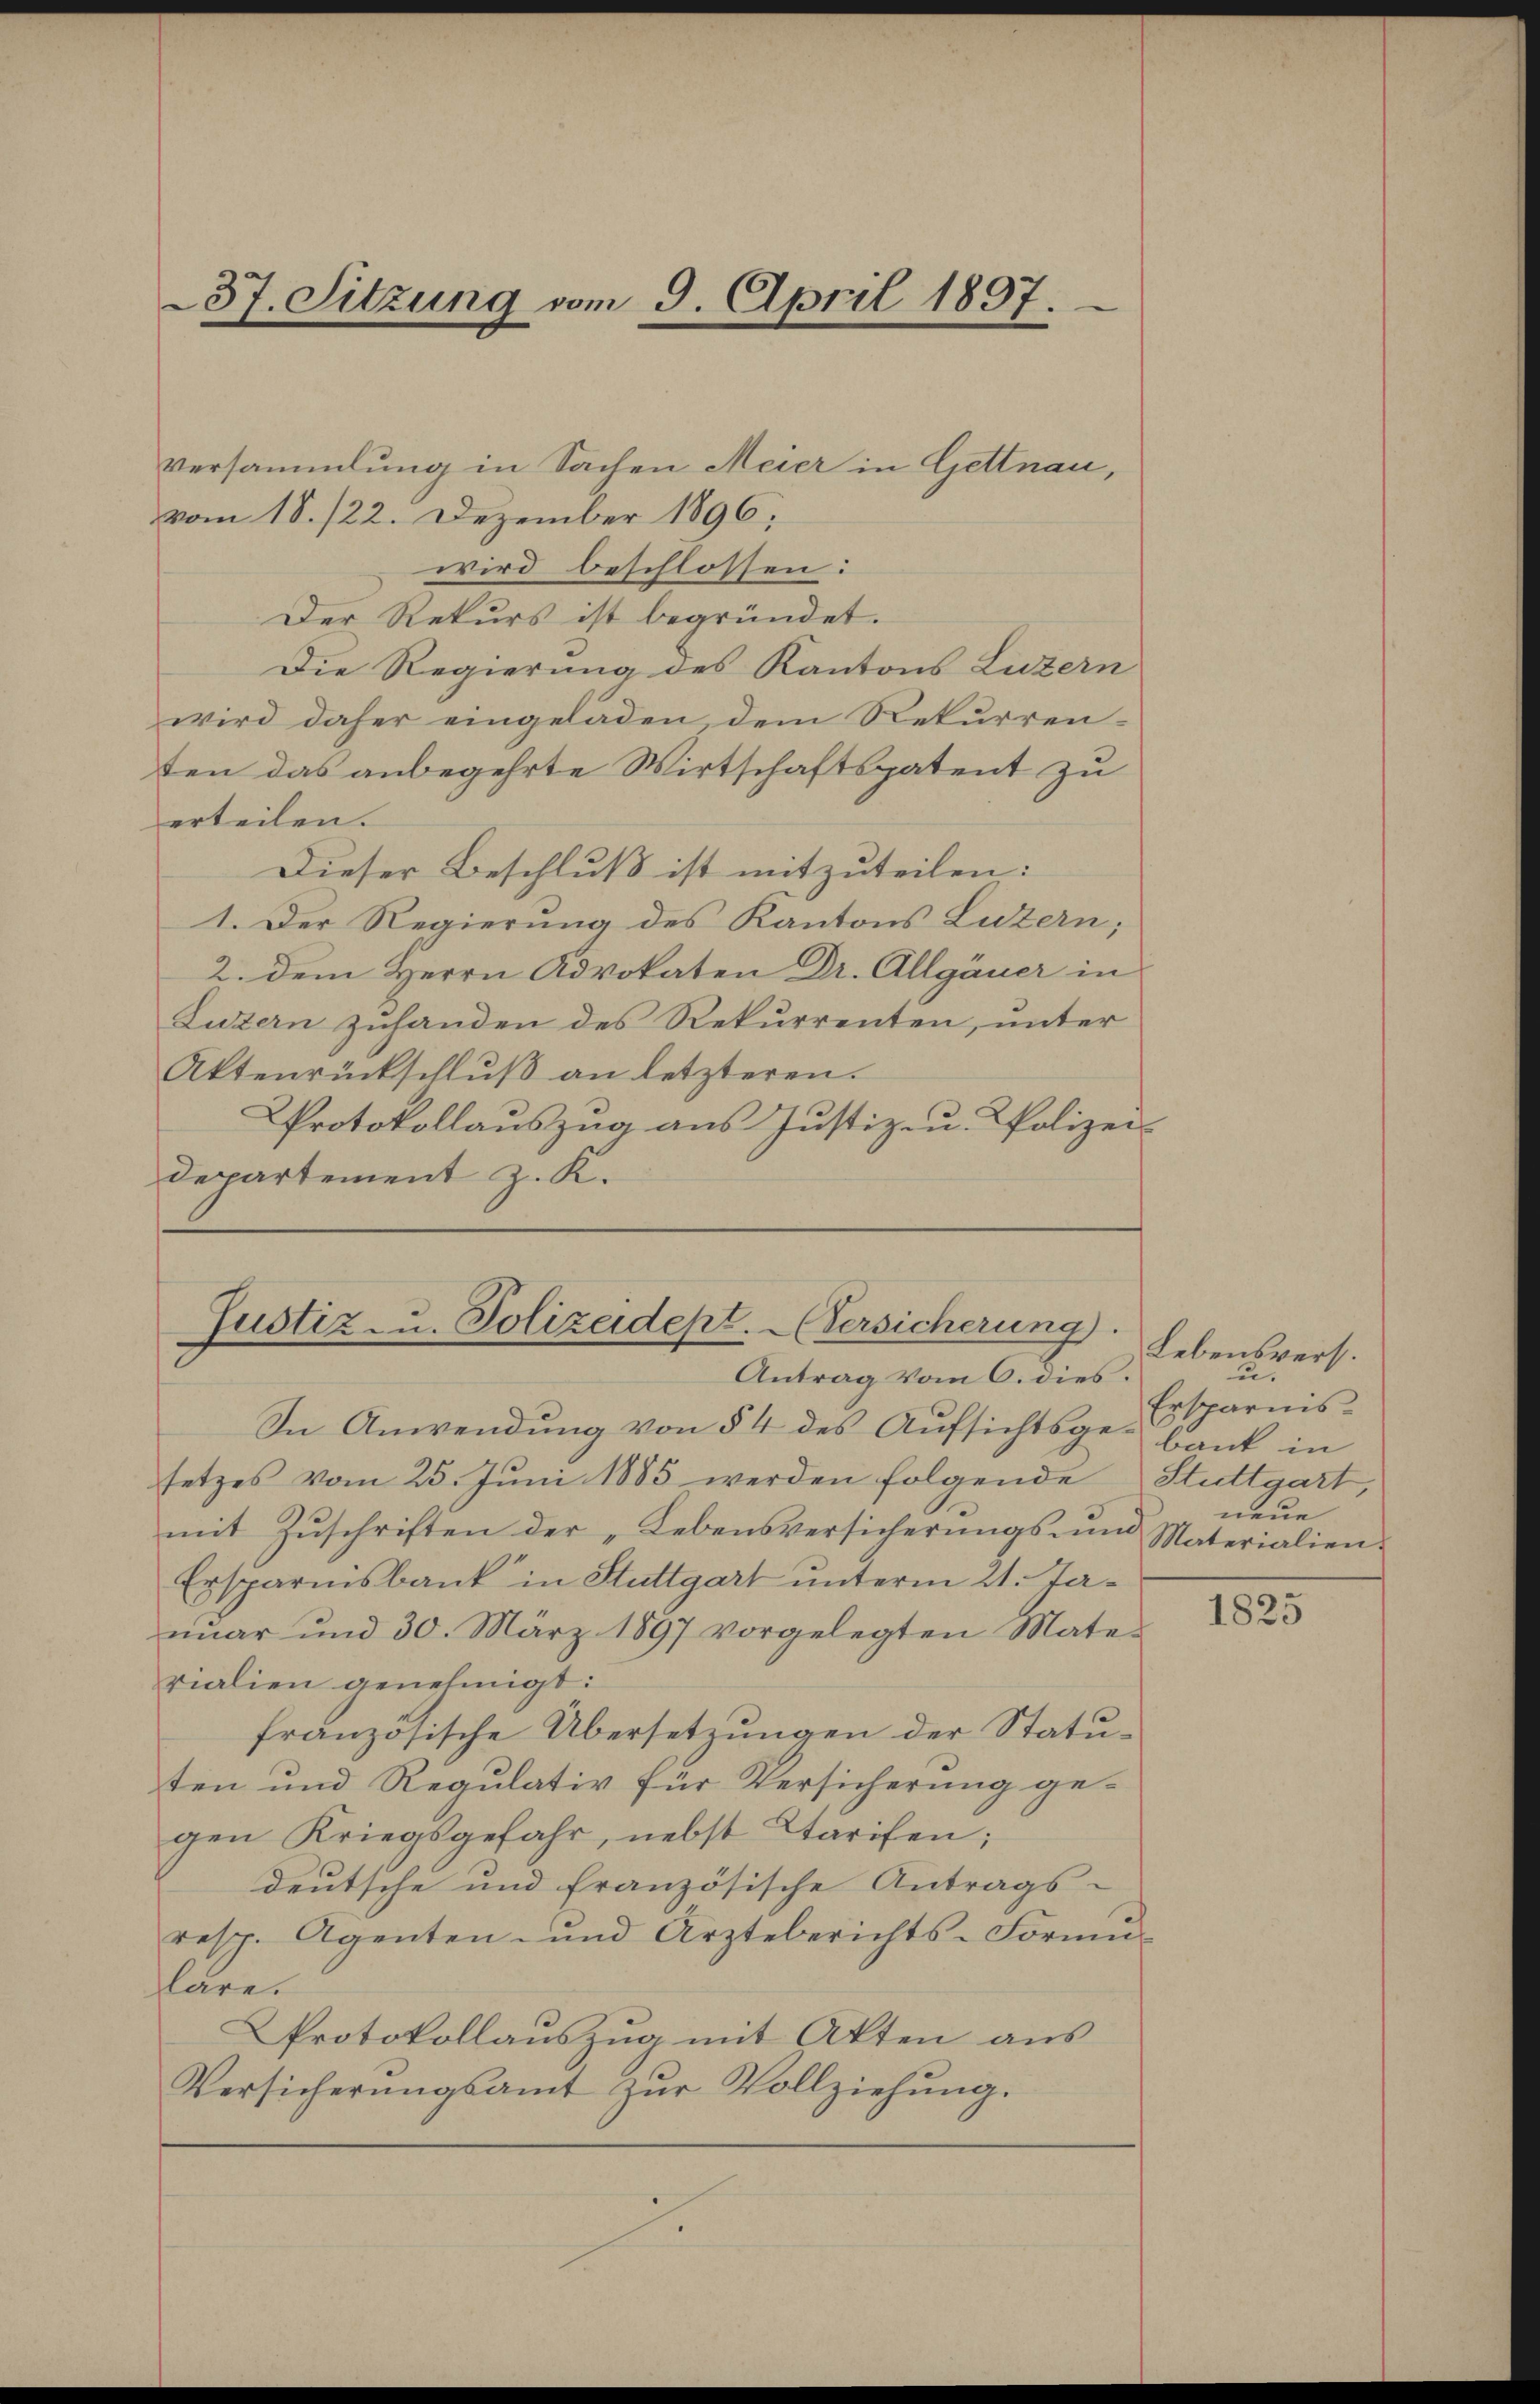
37. Sitzung vom 9. April 1897.

Versammlung in Sachen Meier in Gettnau,
vom 18. 122. Dezember 1896.
wird beschlossen:
Der Rekurs ist begründet.
Die Regierung des Kantons Luzern
wird daher eingeladen, dem Rekurrenten das anbegehrte Wirtschaftspatent zu
erteilen.
Dieser Beschluß ist mitzuteilen:
1. Der Regierung des Kantons Luzern;
2. dem Herrn Advokaten Dr. Allgäuer in
Luzern zuhanden des Rekurrenten, unter
Aktenrückschlŭβ an letzteren.
Protokollauszug aus Justiz- u. Polizei-
Departement z. K.

Justiz- u. Polizeidept. ersicherung.
Antrag vom 6. dies.

In Anwendung von § 4 des Aufsichtsge-bank in
setzes vom 25. Juni 1885 werden folgende
mit Zŭschriften der „Lebensversicherungsun
Ersparnisbank in Stuttgart unterm 21. Janŭar und 30. März 1897 vorgelegten Mate-
rialien genehmigt:
französische Übersetzungen der Statuten und Regulativ für Versicherung ge-
gen Kriegsgefahr, nebst Tarifen;
deutsche und französische Antrags-
resp. Agenten- und Arzteberichts-Formŭ-
läre.
Protokollauszug mit Akten aus
Versicherungsamt zŭr Vollziehung.

Lebensvers.
u
Ersparnis.
Stuttgart,
neue
Materialien.

1825